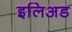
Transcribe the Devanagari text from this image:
इलिअड